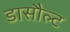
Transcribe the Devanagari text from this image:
डासौल्ट